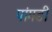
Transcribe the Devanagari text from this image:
पांगडी